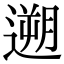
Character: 遡